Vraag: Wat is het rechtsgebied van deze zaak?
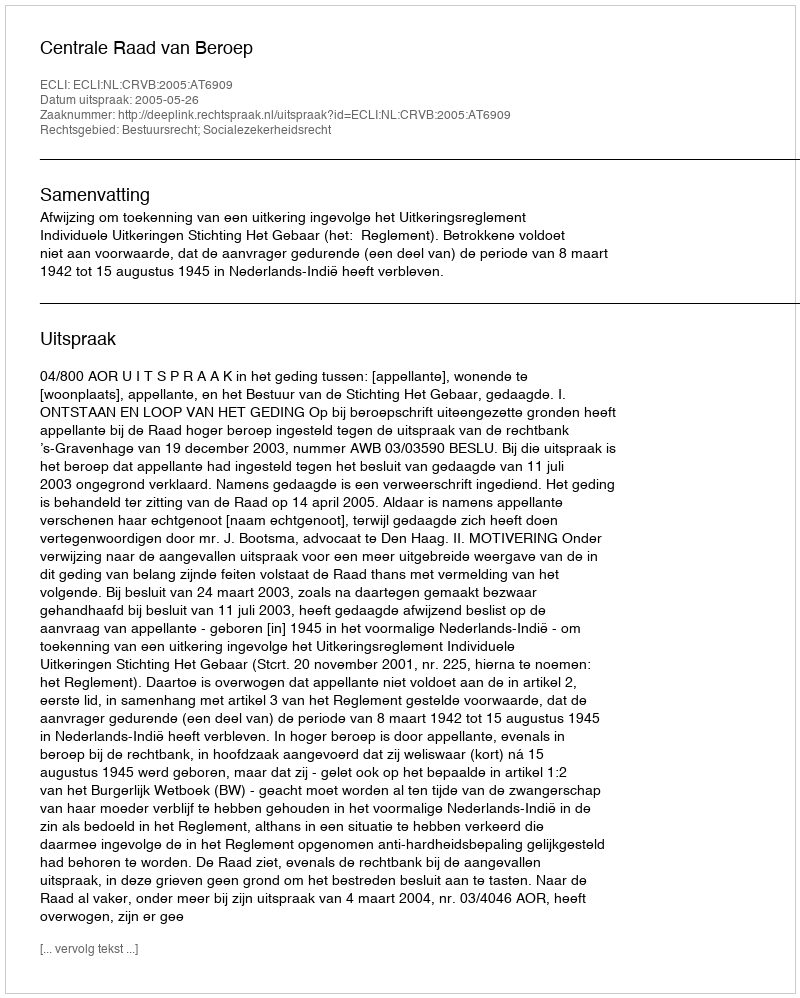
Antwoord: Bestuursrecht; Socialezekerheidsrecht